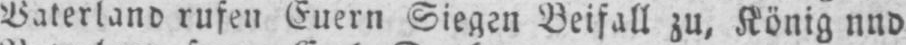
Vaterland rufen Euern Siegen Beifall zu. König nnd